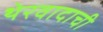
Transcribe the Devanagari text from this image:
थेरवादाची